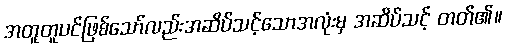
အတူတူပင်ဖြစ်သော်လည်းအဆိပ်သင့်သောအလုံးမှ အဆိပ်သင့် တတ်၏။